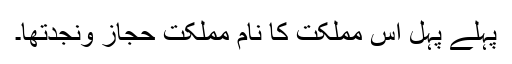
پہلے پہل اس مملکت کا نام مملکتِ حجاز ونجدتھا۔